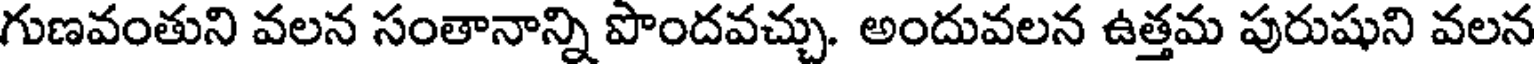
గుణవంతుని వలన సంతానాన్ని పొందవచ్చు. అందువలన ఉత్తమ పురుషుని వలన